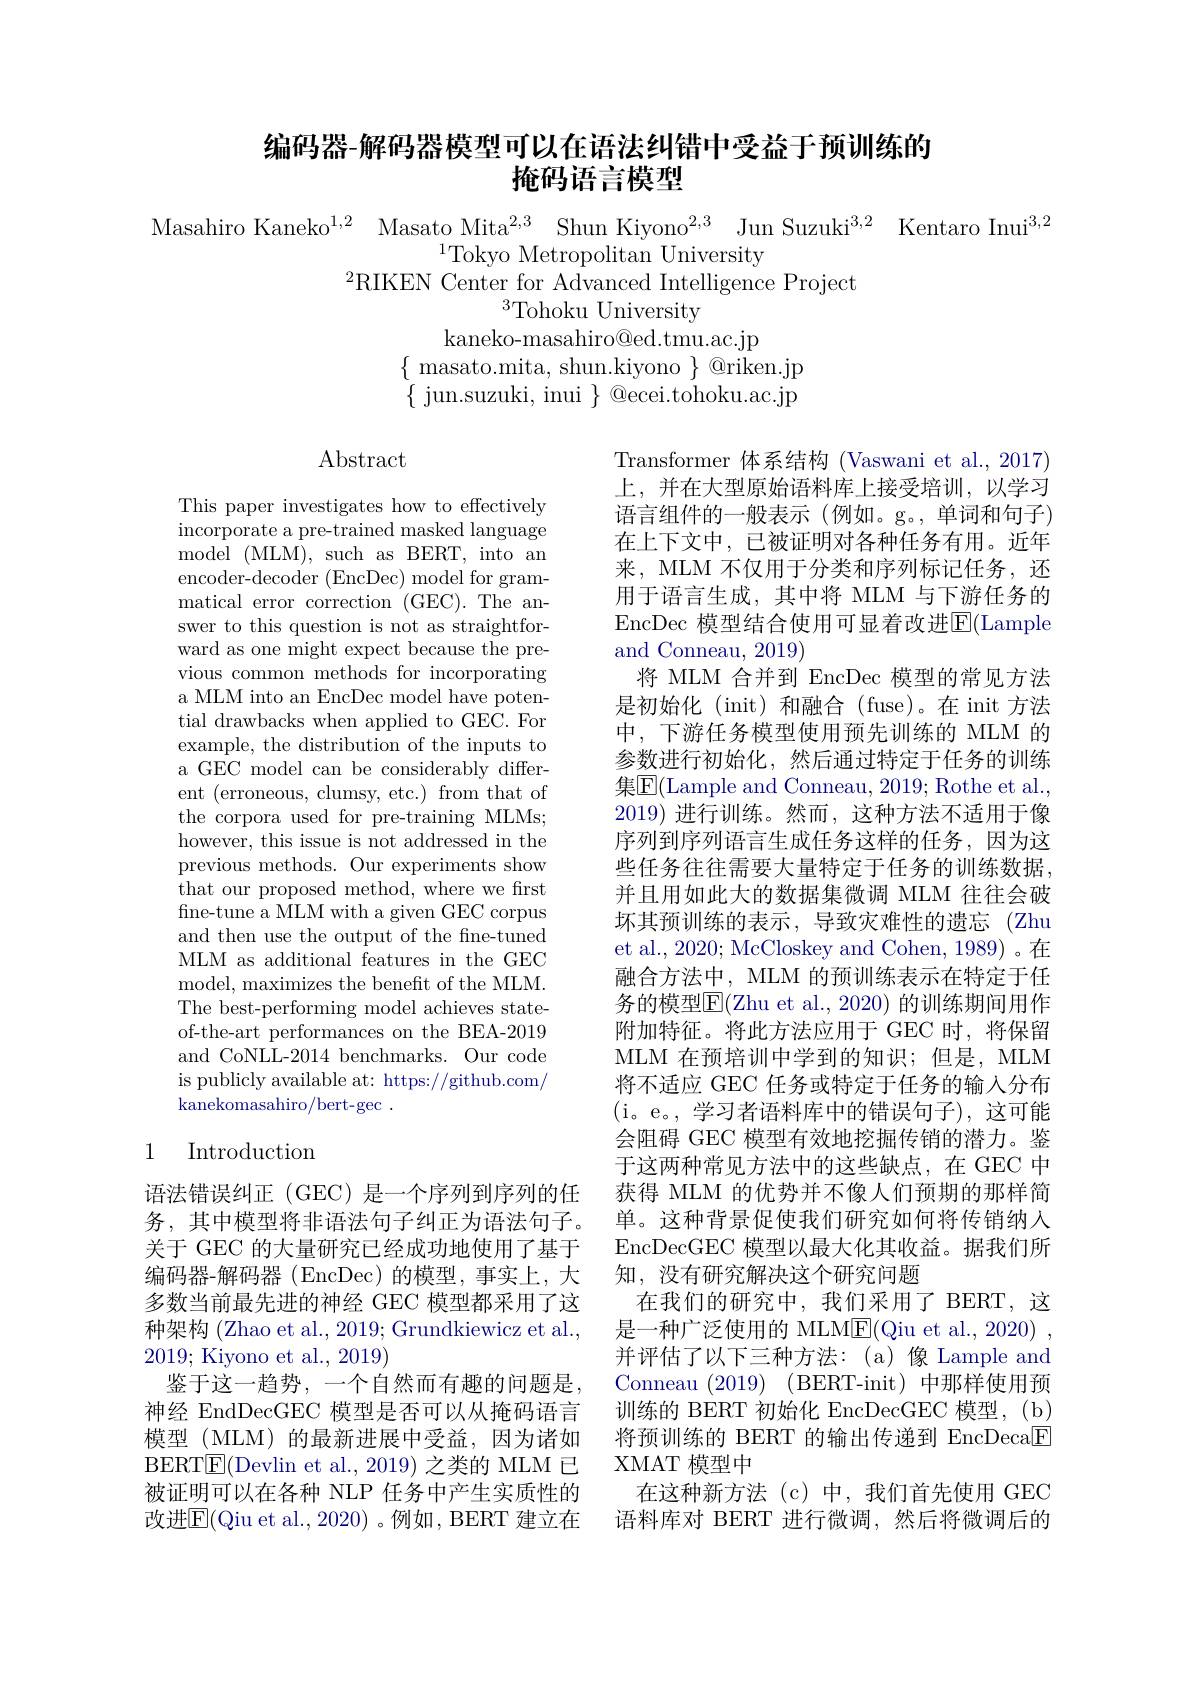
# 编码器-解码器模型可以在语法纠错中受益于预训练的掩码语言模型

Masahiro Kaneko$^{1, 2}$ Masato Mita$^2, 3$ Shun Kiyono$^{2, 3}$ Jun Suzuki$^{3, 2}$ Kentaro Inui$^{3,2}$
$^{1}$Tokyo Metropolitan University
$^2$RIKEN Center for Advanced Intelligence Project
$^{3}$Tohoku University
kaneko-masahiro@ed.tmu.ac.jp
$\{$masato.mita, shun.kiyono $\}$@riken.jp $\{$ jun.suzuki, inui $\}$ @ecei.tohoku.ac.jp

$\operatorname{Abstract}$

This paper investigates how to effectively incorporate a pre-trained masked language model$\allowbreak ( {\mathrm{mod}} $MLM),such as$\mod$as$\mod$ encoder-decoder (EncDec) model for grammatical error correction (GEC). The answer to this question is not as straightforward as one might expect because the previous common methods for incorporating a MLM into an EncDec model have potential drawbacks when applied to GEC. For example, the distribution of the inputs to a GEC model can be considerably different (erroneous, clumsy, etc.) from that of the corpora used for pre-training MLMs; however, this issue is not addressed in the previous methods. Our experiments show that our proposed method, where we first fne-tune a MLM with a given GEC corpus and then use the output of the fne-tuned MLM as additional features in the GEC model, maximizes the benefit of the MLM. The best-performing model achieves stateof-the-art performances on the BEA-2019 and CoNLL-2014 benchmarks. Our code is publicly available at: https://github.com/ kanekomasahiro/bert-gec .

Transformer 体系结构 (Vaswani et al., 2017) 上，并在大型原始语料库上接受培训，以学习语言组件的一般表示(例如。g。,单词和句子) 在上下文中，已被证明对各种任务有用。近年来，MLM 不仅用于分类和序列标记任务，还用于语言生成，其中将 MLM 与下游任务的EncDec 模型结合使用可显着改进E$( Lample$ and Conneau, 2019)
将 MLM 合并到 EncDec 模型的常见方法是初始化 (init)和融合 (fuse)。在 init 方法中，下游任务模型使用预先训练的 MLM 的参数进行初始化，然后通过特定于任务的训练集$\overline {E}$( Lample and Conneau, 2019; Rothe et al. , 2019)进行训练。然而，这种方法不适用于像序列到序列语言生成任务这样的任务，因为这些任务往往需要大量特定于任务的训练数据， 并且用如此大的数据集微调 MLM 往往会破坏其预训练的表示，导致灾难性的遗忘(Zhu et al., 2020; McCloskey and Cohen, 1989) 。在融合方法中，MLM 的预训练表示在特定于任务的模型$\overline{\mathrm{F}}($Zhu et al., 2020) 的训练期间用作附加特征。将此方法应用于 GEC 时，将保留MLM 在预培训中学到的知识；但是，MLM 将不适应 GEC 任务或特定于任务的输入分布(i。e。,学习者语料库中的错误句子),这可能会阻碍 GEC 模型有效地挖掘传销的潜力。鉴于这两种常见方法中的这些缺点，在 GEC 中获得 MLM 的优势并不像人们预期的那样简单。这种背景促使我们研究如何将传销纳入EncDecGEC 模型以最大化其收益。据我们所知，没有研究解决这个研究问题
在我们的研究中，我们采用了 BERT,这是一种广泛使用的 MLME(Qiu et al., 2020) , 并评估了以下三种方法：(a)像 Lample and Conneau (2019) (BERT-init)中那样使用预训练的 BERT 初始化 EncDecGEC 模型，(b) 将预训练的 BERT 的输出传递到 EncDeca$\underline{\mathrm{E}}$ XMAT 模型中
在这种新方法(c)中，我们首先使用 GEC 语料库对 BERT 进行微调，然后将微调后的

# 1 Introduction

语法错误纠正 (GEC) 是一个序列到序列的任务，其中模型将非语法句子纠正为语法句子。关于 GEC 的大量研究已经成功地使用了基于编码器-解码器 (EncDec) 的模型，事实上，大多数当前最先进的神经 GEC 模型都采用了这种架构 (Zhao et al., 2019; Grundkiewicz et al., 2019; Kiyono et al., 2019)
鉴于这一趋势，一个自然而有趣的问题是神经 EndDecGEC 模型是否可以从掩码语言模型 (MLM) 的最新进展中受益，因为诸如BERTE(Devlin et al., 2019) 之类的 MLM 已被证明可以在各种 NLP 任务中产生实质性的改进$\overline{\mathrm{E}}($Qiu et al., 2020) 。例如，BERT 建立在